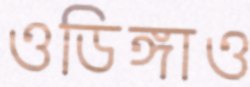
ওডিঙ্গাও